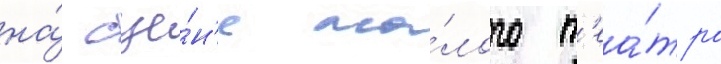
на́ сце́н'е ма́лого т'еа́тра